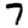
Digit: 7